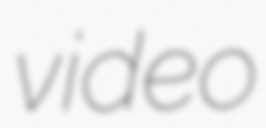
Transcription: video